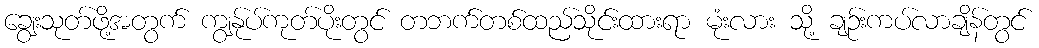
ချွေးသုတ်ဖို့အတွက် ကျွန်ုပ်ကုတ်ပိုးတွင် တဘက်တစ်ထည်သိုင်းထားရာ မုံးလား သို့ ချဉ်းကပ်လာချိန်တွင်